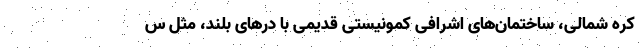
کره شمالی، ساختمان‌های اشرافی کمونیستی قدیمی با درهای بلند، مثل س